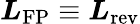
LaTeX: \boldsymbol{L}_{\mathrm{FP}}\equiv\boldsymbol{L}_{\mathrm{rev}}